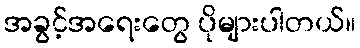
အခွင့်အရေးတွေ ပိုများပါတယ်။